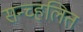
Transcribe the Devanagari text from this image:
सन्च्हलित